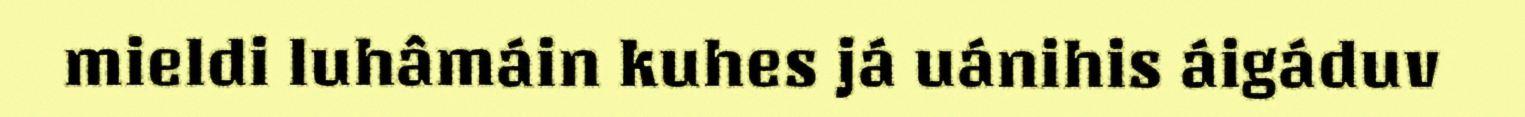
mieldi luhâmáin kuhes já uánihis áigáduv